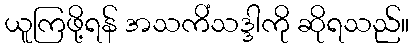
ယူကြဖို့ရန် အသကိံသဒ္ဒါကို ဆိုရသည်။